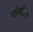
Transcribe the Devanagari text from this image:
चोरदिंडा